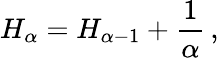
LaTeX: H_{\alpha}=H_{\alpha-1}+{\frac{1}{\alpha}}\, ,